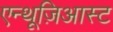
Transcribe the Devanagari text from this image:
एन्थूज़िआस्ट